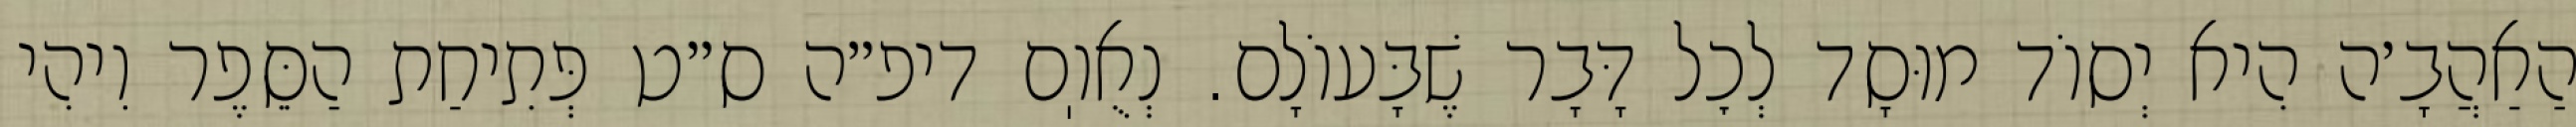
הַאַהֲבָ׳ה הִיא יְסוֹד מוּסָד לְכׇל דָּבָר שֶׁבָּעוֹלָם. נְאֻוֽם דיפ״ה ס״ט פְּתִיחַת הַסֵּפֶר וִיהִי